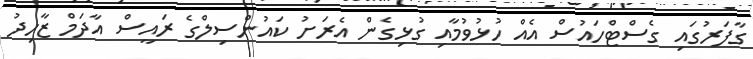
ގާފަރުގައި ގެސްޓްހައުސް އެއް ހުޅުވުމާއި ގުޅިގެން އެރަށު ކައުންސިލްގެ ރައީސް އާދަމް ޒާހިދު